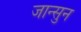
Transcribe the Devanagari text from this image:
जान्सुन